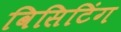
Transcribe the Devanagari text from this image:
विसिटिंग